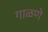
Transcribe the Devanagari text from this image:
गाळणे